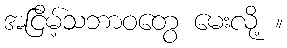
အငြိမ့်သဘာဝတွေ မေးလို့ ။